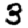
Digit: 3